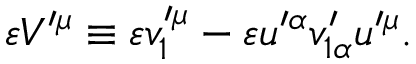
\varepsilon V ^ { \prime \mu } \equiv \varepsilon v _ { 1 } ^ { \prime \mu } - \varepsilon u ^ { \prime \alpha } v _ { 1 \alpha } ^ { \prime } u ^ { \prime \mu } .